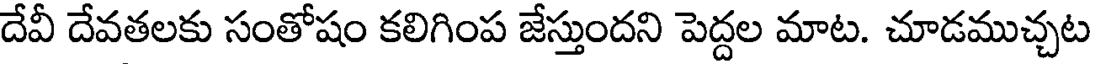
దేవీ దేవతలకు సంతోషం కలిగింప జేస్తుందని పెద్దల మాట. చూడముచ్చట